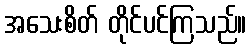
အသေးစိတ် တိုင်ပင်ကြသည်။